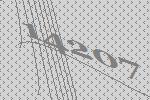
14207